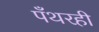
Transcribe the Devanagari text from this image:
पँथरही